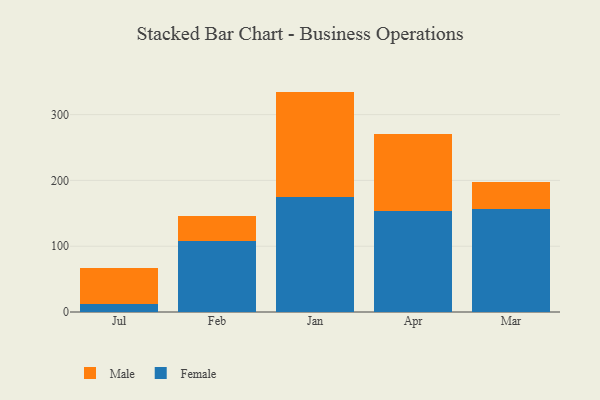
{"axis": {"x": "Month", "y": "Production Output"}, "legend": ["Female", "Male"], "data": [{"x": "Jul", "y": 12.4, "type": "Female"}, {"x": "Jul", "y": 54.8, "type": "Male"}, {"x": "Feb", "y": 107.3, "type": "Female"}, {"x": "Feb", "y": 38.9, "type": "Male"}, {"x": "Jan", "y": 174.5, "type": "Female"}, {"x": "Jan", "y": 160.5, "type": "Male"}, {"x": "Apr", "y": 153.2, "type": "Female"}, {"x": "Apr", "y": 117.0, "type": "Male"}, {"x": "Mar", "y": 156.3, "type": "Female"}, {"x": "Mar", "y": 41.7, "type": "Male"}]}